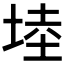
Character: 𭎩